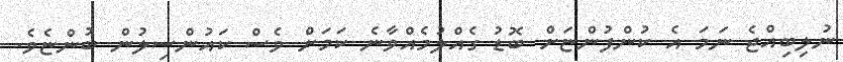
ނުލިބިއްޖެ ނަމަ އެ ކުންފުންޏަށް ބޮޑު ގެއްލުމެއްވާނެ ކަމަށް ވެސް ކައުންސިލުން ބުންޏެވެ.